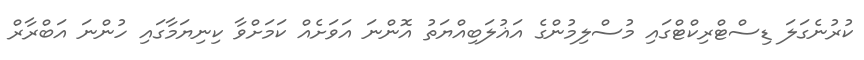
ކުރުނެގަލަ ޑިސްޓްރިކްޓްގައި މުސްލިމުންގެ އަޣުލަބިއްޔަތު އޮންނަ އަވަށެއް ކަމަށްވާ ކިނިޔަމާގައި ހުންނަ އަބްރާރް